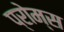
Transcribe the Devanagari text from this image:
प्रोम्स